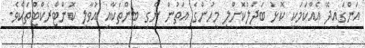
އަންގައިދޭ އެއްކަމަކީ ކޮޅު ބަދަލުކޮށްލި މީހުންގެ އަތުން ނެގި ބިންތަކާއި އުވާލި ކޮންޓްރެކްޓްތަކެވެ.